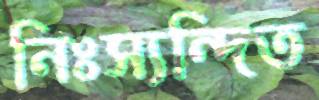
নিঃস্যন্দিত